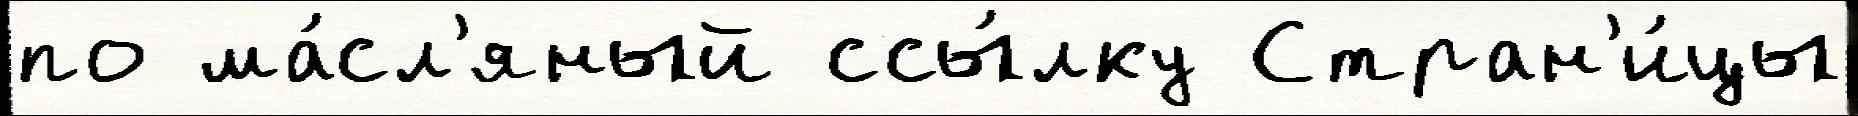
по ма́сл'яный ссы́лку Стран'и́цы